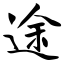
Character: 途